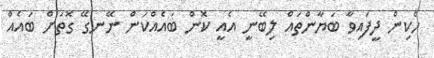
ހެކިން ދީފައިވާ ބަޔާންތައް ލިބޭނީ އެއީ ކޮން ބައެއްކަން ނޭނގޭ ގޮތަށް ބައެއް